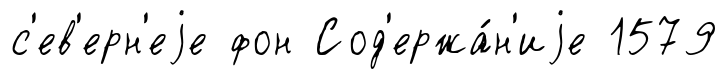
с'ев'ерн'еjе фон Сод'ержа́н'иjе 1579